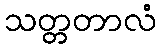
သတ္တတာလံ